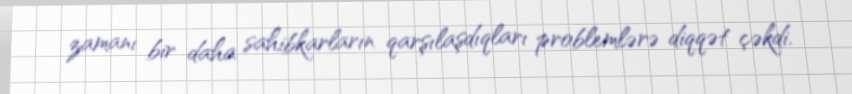
zamanı bir daha sahibkarların qarşılaşdıqları problemlərə diqqət çəkdi.